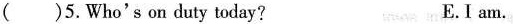
()5.Who's on duty today? E.I am.